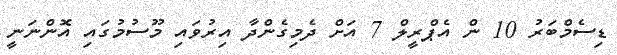
ޑިސެމްބަރު 10 ން އެޕްރީލް 7 އަށް ދެމިގެންދާ އިރުވައި މޫސުމުގައި އޮންނަނީ